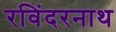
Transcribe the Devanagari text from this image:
रविंदरनाथ